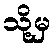
သို့မှ